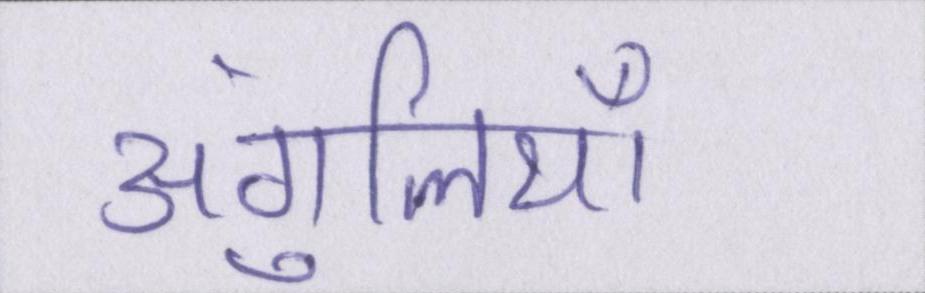
अंगुलियाँ